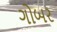
ગોબર